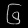
Digit: ၆